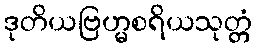
ဒုတိယဗြဟ္မစရိယသုတ္တံ